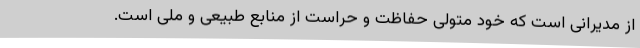
از مدیرانی است که خود متولی حفاظت و حراست از منابع طبیعی و ملی است.